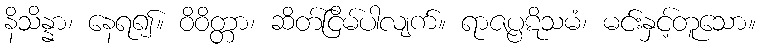
နိသိန္နာ၊ နေရ၍။ ဝိဝိတ္တာ၊ ဆိတ်ငြိမ်ပါလျက်။ ရာဇပ္ပဋိသမံ၊ မင်းနှင့်တူသော။